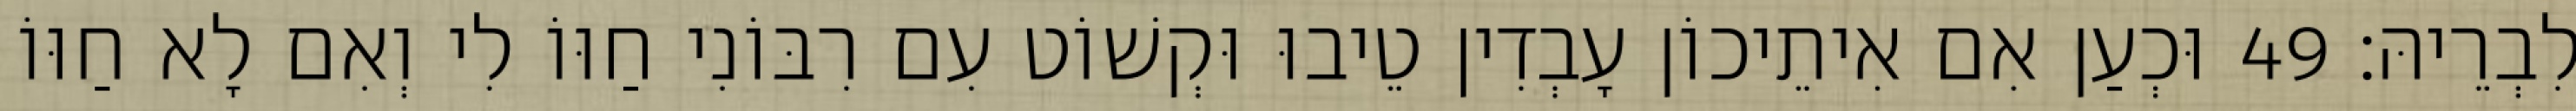
לִבְרֵיהּ׃ 49 וּכְעַן אִם אִיתֵיכוֹן עָבְדִין טֵיבוּ וּקְשׁוֹט עִם רִבּוֹנִי חַוּוֹ לִי וְאִם לָא חַוּוֹ